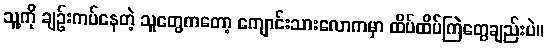
သူ့ကို ချဉ်းကပ်နေတဲ့ သူတွေကတော့ ကျောင်းသားလောကမှာ ထိပ်ထိပ်ကြဲတွေချည်းပဲ။